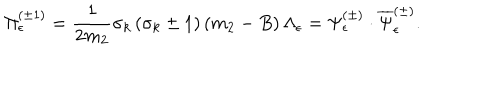
LaTeX: \Pi _ { \epsilon } ^ { ( \pm 1 ) } = \frac 1 { 2 m _ { 2 } } \sigma _ { k } \left( \sigma _ { k } \pm 1 \right) \left( m _ { 2 } - B \right) \Lambda _ { \epsilon } = \Psi _ { \epsilon } ^ { ( \pm ) } \cdot \overline { { { \Psi } } } _ { \epsilon } ^ { ( \pm ) } .